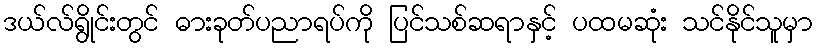
ဒယ်လ်ရွိုင်းတွင် ဓားခုတ်ပညာရပ်ကို ပြင်သစ်ဆရာနှင့် ပထမဆုံး သင်နိုင်သူမှာ